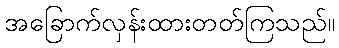
အခြောက်လှန်းထားတတ်ကြသည်။